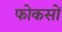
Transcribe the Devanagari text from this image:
फोकसों